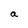
Character: a